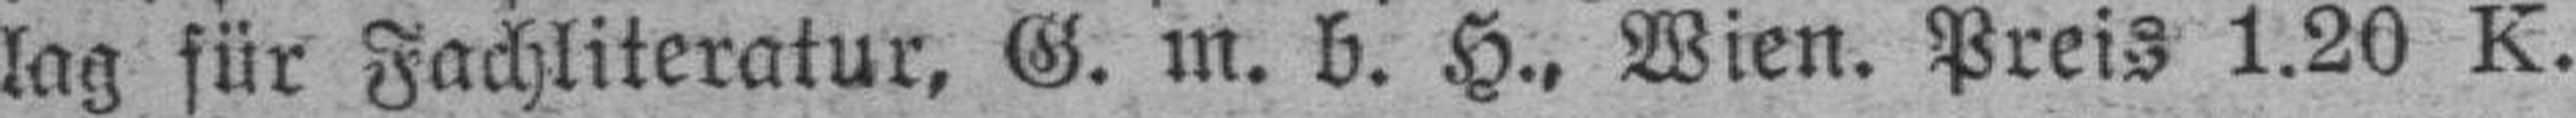
lag für Fachliteratur, G. m. b. H., Wien. Preis 1.20 K.